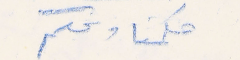
حكمنا ونحكم